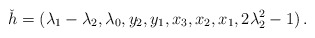
\begin{align*}\check h=(\lambda_1 - \lambda_2, \lambda_0, y_{2}, y_{1}, x_{3}, x_{2}, x_{1}, 2\lambda_2^2 - 1)\,.\end{align*}